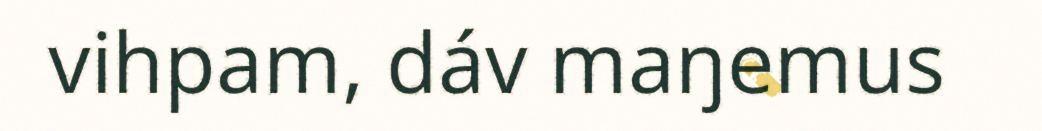
vihpam, dáv maŋemus